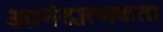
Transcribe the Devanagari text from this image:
आनंदात्मकता